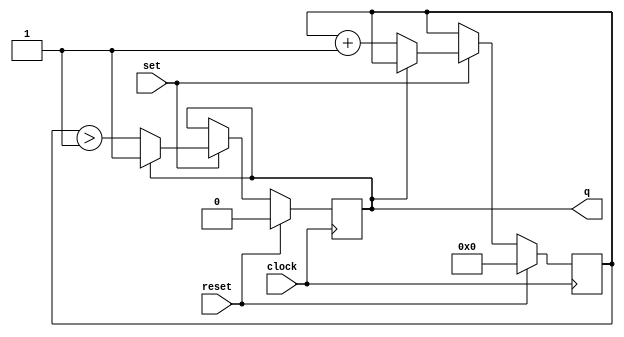
module set_reset_count( 
	input wire clock, 
	input wire set, 
	input wire reset, 
	output reg q = initial_state );

parameter initial_state = 1'b0;
parameter threshold = 4'h1;

reg [3:0] count = 0;

always @(posedge clock)
begin
	if (reset) begin
		q <= 1'b0;
		count <= 4'h0;
	end
	else if (set) begin
		if (~q) begin
			count <= count + 1;
			q <= (count > threshold);
		end
	end
end

endmodule